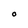
Character: 0